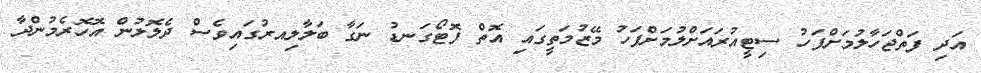
އަދި ފަތްޖަހާލުމަށްފަހު ސިޓީއުރައަށްލުމަށްފަހު މޭޒުމަތީގައި އޮތް ފޮޓޯގަނޑު ނަގާ ބަލާލިއރުގައިވެސް ދެލޮލުން އޮހޮރެމުންދާ